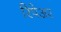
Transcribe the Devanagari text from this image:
रिपेअर